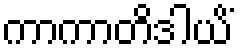
ကာကာတိဒါယိံ